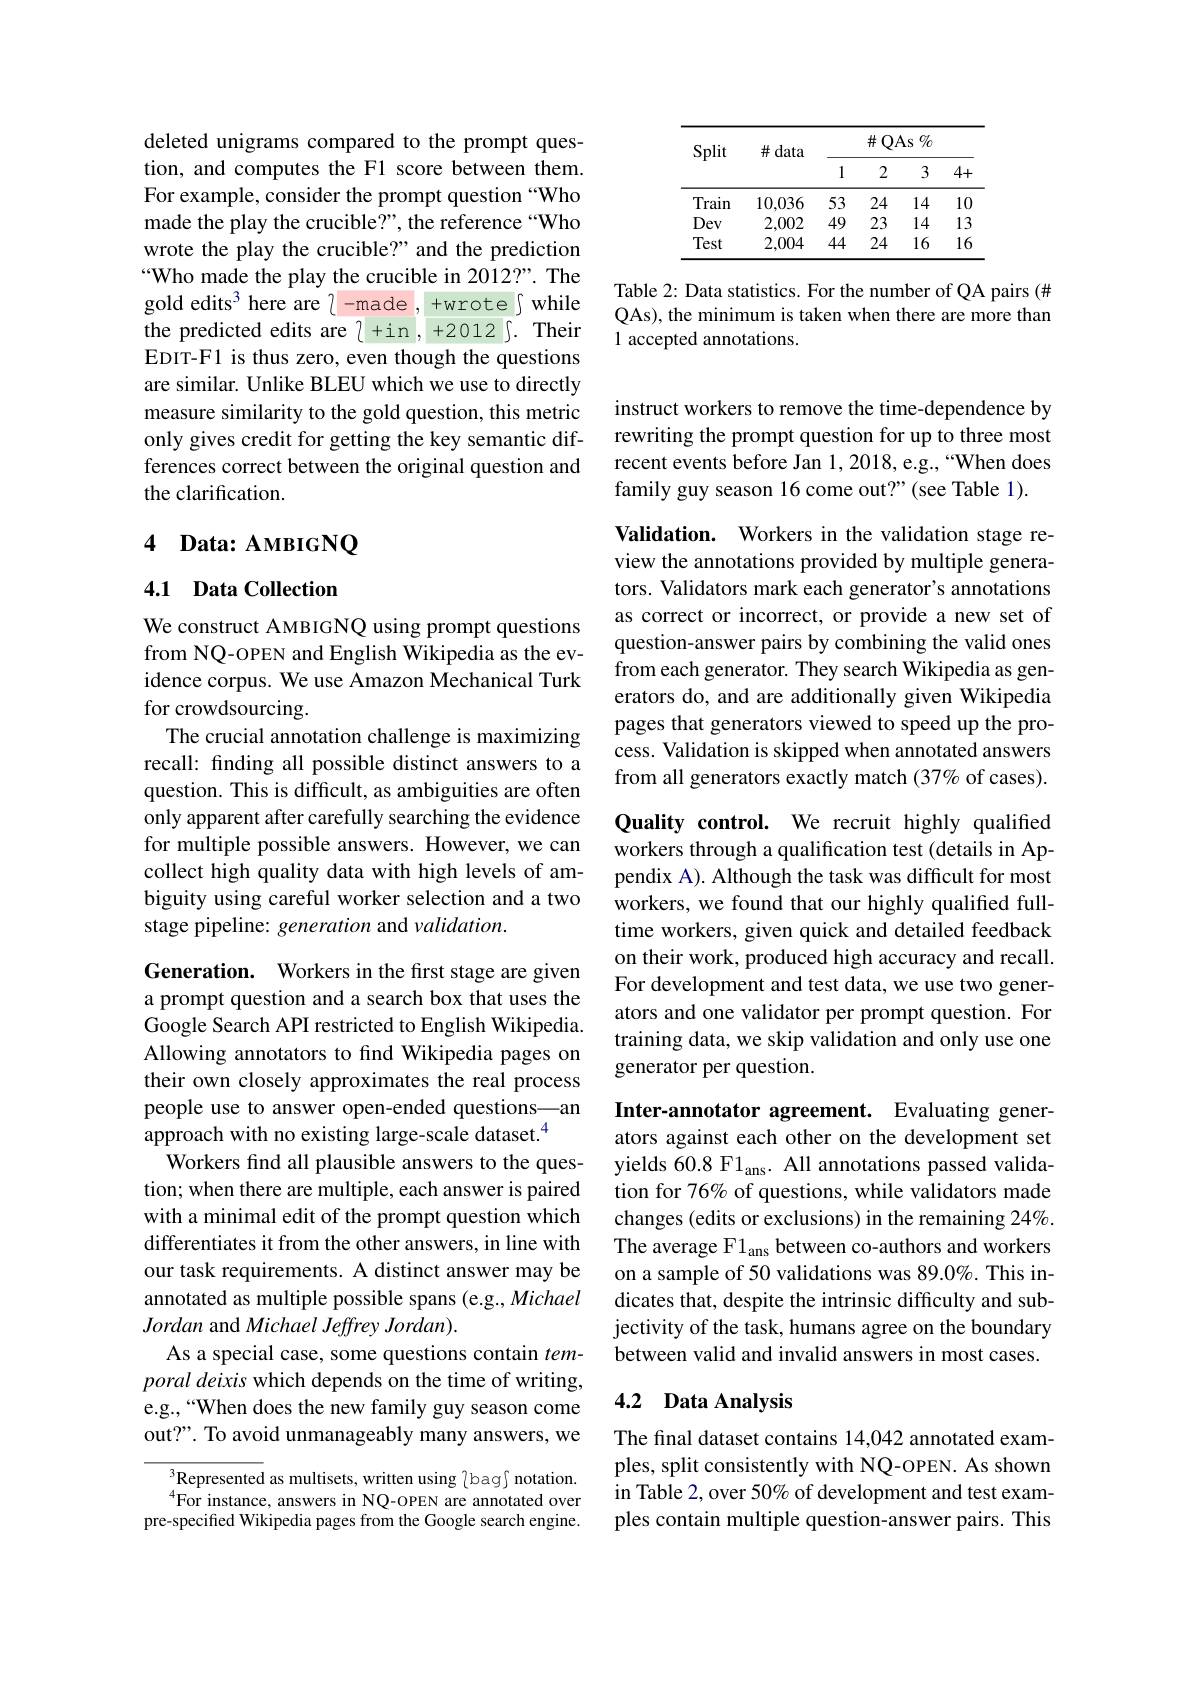
deleted unigrams compared to the prompt question, and computes the F1 score between them. For example, consider the prompt question “Who made the play the crucible?", the reference “Who wrote the play the crucible?" and the prediction Who made the play the crucible in 2012?". The gold edits$^3$ here are 2-made , +wrote $\int$ while the predicted edits are 2+in,+2012 5. Their EDIT-F1 is thus zero, even though the questions are similar. Unlike BLEU which we use to directly measure similarity to the gold question, this metric only gives credit for getting the key semantic differences correct between the original question and the clarification.

## 4 Data: AMBIGNQ

4.1 Data Collection

We construct AMBIGNQ using prompt questions from NQ-oPEN and English Wikipedia as the evidence corpus. We use Amazon Mechanical Turk for crowdsourcing.
The crucial annotation challenge is maximizing recall: finding all possible distinct answers to a question. This is difficult, as ambiguities are often only apparent after carefully searching the evidence for multiple possible answers. However, we can collect high quality data with high levels of ambiguity using careful worker selection and a two stage pipeline: generation and validation.

Generation. Workers in the frst stage are given a prompt question and a search box that uses the Google Search API restricted to English Wikipedia. Allowing annotators to find Wikipedia pages on their own closely approximates the real process people use to answer open-ended questions—an approach with no existing large-scale dataset.$^{4}$
Workers find all plausible answers to the question; when there are multiple, each answer is paired with a minimal edit of the prompt question which differentiates it from the other answers, in line with our task requirements. A distinct answer may be annotated as multiple possible spans (e.g., Michael Jordan and Michael Jeffrey Jordan).
As a special case, some questions contain temporal deixis which depends on the time of writing, e.g.,“When does the new family guy season come out?". To avoid unmanageably many answers, we

$^{3}$Represented as multisets, written using {bag}f notation. $^{4}$For instance, answers in NQ-OPEN are annotated over
pre-specified Wikipedia pages from the Google search engine.

<table>
	<tbody>
		<tr>
			<th rowspan="2">Split</th>
			<th rowspan="2">$\#$data</th>
			<th colspan="4">$\#$QAs $\%$</th>
		</tr>
		<tr>
			<th>1</th>
			<th>2</th>
			<th>3</th>
			<th>4+</th>
		</tr>
		<tr>
			<td>Train</td>
			<td>10,036</td>
			<td>53</td>
			<td>24</td>
			<td>14</td>
			<td>10</td>
		</tr>
		<tr>
			<td>Dev</td>
			<td>2,002</td>
			<td>49</td>
			<td>23</td>
			<td>14</td>
			<td>13</td>
		</tr>
		<tr>
			<td>Test</td>
			<td>2,004</td>
			<td>44</td>
			<td>24</td>
			<td>16</td>
			<td>16</td>
		</tr>
	</tbody>
</table>

Table 2: Data statistics. For the number of QA pairs (# QAs), the minimum is taken when there are more than 1 accepted annotations.

instruct workers to remove the time-dependence by rewriting the prompt question for up to three most recent events before Jan 1,2018, e.g.,“When does family guy season 16 come out?"(see Table 1).

Validation. Workers in the validation stage review the annotations provided by multiple generators. Validators mark each generator's annotations as correct or incorrect, or provide a new set of question-answer pairs by combining the valid ones from each generator. They search Wikipedia as generators do, and are additionally given Wikipedia pages that generators viewed to speed up the process. Validation is skipped when annotated answers from all generators exactly match (37% of cases).

Quality control. We recruit highly qualified workers through a qualification test (details in Appendix A). Although the task was difficult for most workers, we found that our highly qualiffed fulltime workers, given quick and detailed feedback on their work, produced high accuracy and recall. For development and test data, we use two generators and one validator per prompt question. For training data, we skip validation and only use one generator per question.

Inter-annotator agreement. Evaluating generators against each other on the development set yields 60.8 F1$_\mathrm{ans}.$ All annotations passed validation for 76% of questions, while validators made changes (edits or exclusions) in the remaining 24%. The average F1$_\mathrm{ans}$ between co-authors and workers on a sample of 50 validations was 89.0%. This indicates that, despite the intrinsic difficulty and subjectivity of the task, humans agree on the boundary between valid and invalid answers in most cases.

## 4.2 Data Analysis

The final dataset contains 14,042 annotated examples, split consistently with NQ-OPEN. As shown in Table 2, over 50% of development and test examples contain multiple question-answer pairs. This